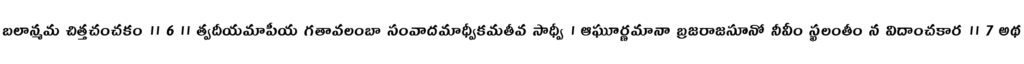
బలాన్మమ చిత్తచంచకం ॥ 6 ॥ త్వదీయమాపీయ గతావలంబా సంవాదమాధ్వీకమతీవ సాధ్వీ । ఆఘూర్ణమానా బ్రజరాజసూనో నీవీం స్ఖలంతీం న విదాంచకార ॥ 7 అథ